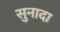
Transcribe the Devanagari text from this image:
सुनादा